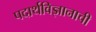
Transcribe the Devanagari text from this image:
पदार्थविज्ञानाची